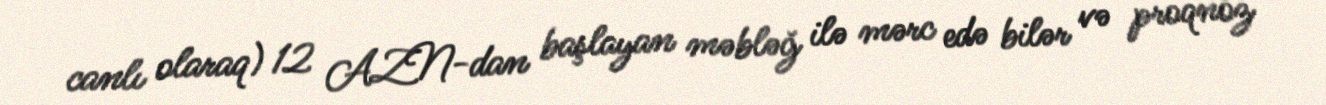
canlı olaraq) 12 AZN-dan başlayan məbləğ ilə mərc edə bilər və proqnoz